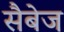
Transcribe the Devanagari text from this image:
सैबेज